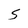
Character: S